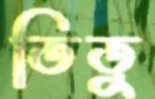
তিতু